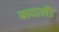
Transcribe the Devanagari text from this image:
फादरलैंड